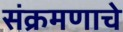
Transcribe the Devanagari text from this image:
संक्रमणाचे